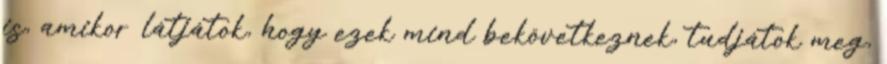
is, amikor látjátok, hogy ezek mind bekövetkeznek, tudjátok meg,